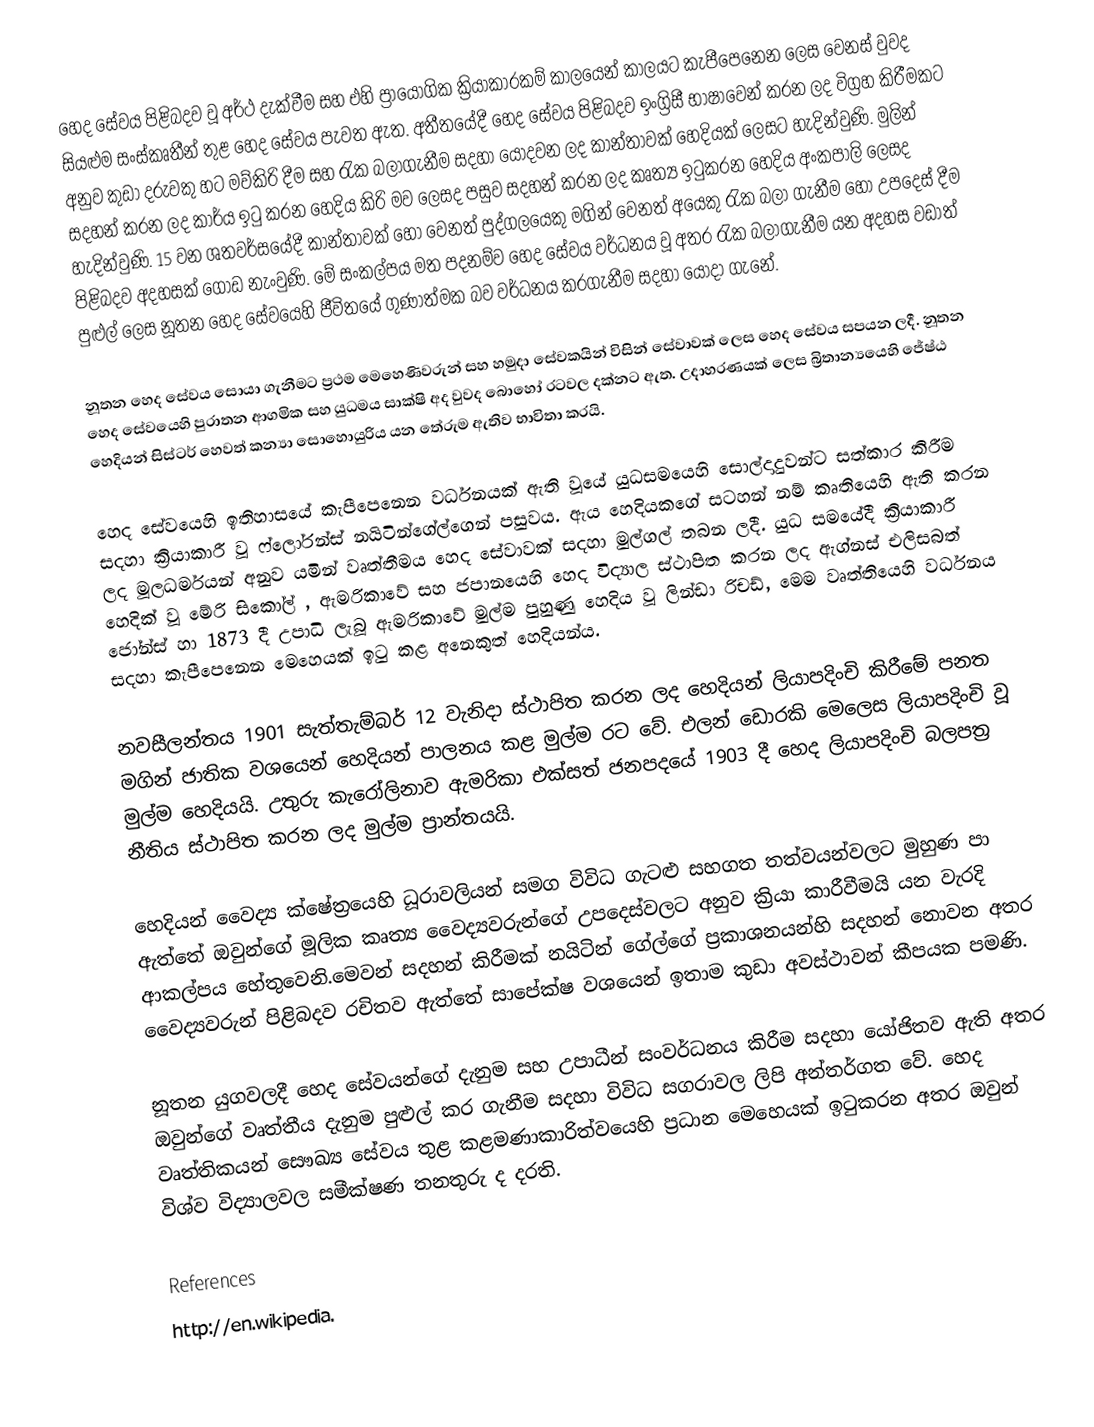
හෙද සේවය පිළිබදව වූ අර්ථ දැක්වීම සහ එහි ප්‍රායෝගික ක්‍රියාකාරකම් කාලයෙන් කාලයට කැපීපෙනෙන ලෙස වෙනස් වුවද සියළුම සංස්කෘතීන් තුළ හෙද සේවය පැවත ඇත. අතීතයේදී හෙද සේවය පිළිබදව ඉංග්‍රිසී භාෂාවෙන් කරන ලද විග්‍රහ කිරීමකට අනුව කුඩා දරුවකු හට මව්කිරි දීම සහ රැක බලාගැනීම සදහා යොදවන ලද කාන්තාවක් හෙදියක් ලෙසට හැදින්වුණි. මුලින් සදහන් කරන ලද කාර්ය ඉටු කරන හෙදිය කිරි මව ලෙසද පසුව සදහන් කරන ලද කෘත්‍ය ඉටුකරන හෙදිය අංකපාලි ලෙසද හැදින්වුණි. 15 වන ශතවර්සයේදී කාන්තාවක් හෝ වෙනත් පුද්ගලයෙකු මගින් වෙනත් අයෙකු රැක බලා ගැනීම හෝ උපදෙස් දීම පිළිබදව අදහසක් ගොඩ නැංවුණි. මේ සංකල්පය මත පදනම්ව හෙද සේවය වර්ධනය වූ අතර රැක බලාගැනීම යන අදහස වඩාත් පුළුල් ලෙස නූතන හෙද සේවයෙහි ජීවිතයේ ගුණාත්මක බව වර්ධනය කරගැනීම සදහා යොදා ගැනේ.

නූතන හෙද සේවය සොයා ගැනීමට ප්‍රථම මෙහෙණිවරුන් සහ හමුදා සේවකයින් විසින් සේවාවක් ලෙස හෙද සේවය සපයන ලදී. නූතන හෙද සේවයෙහි පුරාතන ආගමික සහ යුධමය සාක්ෂි අද වුවද බොහෝ රටවල දක්නට ඇත. උදාහරණයක් ලෙස බ්‍රිතාන්‍යයෙහි ජේෂ්ඨ හෙදියන් සිස්ටර් හෙවත් කන්‍යා සොහොයුරිය යන තේරුම ඇතිව භාවිතා කරයි.

හෙද සේවයෙහි ඉතිහාසයේ කැපීපෙනෙන වර්ධනයක් ඇති වූයේ යුධසමයෙහි සොල්දාදුවන්ට සත්කාර කිරීම සදහා ක්‍රියාකාරී වූ ‍ෆ්ලෝරන්ස් නයිටින්ගේල්ගෙන් පසුවය. ඇය හෙදියකගේ සටහන් නම් කෘතියෙහි ඇති කරන ලද මූලධර්මයන් අනුව යමින් වෘත්තීමය හෙද සේවාවක් සදහා මුල්ගල් තබන ලදී. යුධ සමයේදී ක්‍රියාකාරී හෙදික් වූ මේරි සිකෝල් , ඇමරිකාවේ සහ ජපානයෙහි හෙද විද්‍යාල ස්ථාපිත කරන ලද ඇග්නස්  එලිසබත්  ජෝන්ස් හා 1873 දී උපාධි ලැබූ ඇමරිකාවේ මුල්ම පුහුණු හෙදිය වූ  ලින්ඩා රිචඩ්, මෙම වෘත්තියෙහි වර්ධනය සදහා කැපීපෙනෙන මෙහෙයක් ඉටු කළ අනෙකුත් හෙදියන්ය.

නවසීලන්තය 1901 සැත්තැම්බර් 12 වැනිදා ස්ථාපිත කරන ලද හෙදියන් ලියාපදිංචි කිරීමේ පනත මගින් ජාතික වශයෙන් හෙදියන් පාලනය කළ මුල්ම රට වේ. එලන් ඩොරකි මෙලෙස ලියාපදිංචි වූ මුල්ම හෙදියයි. උතුරු කැරෝලිනාව ඇමරිකා එක්සත් ජනපදයේ 1903 දී හෙද ලියාපදිංචි බලපත්‍ර නීතිය ස්ථාපිත කරන ලද මුල්ම ප්‍රාන්තයයි.

හෙදියන් වෛද්‍ය ක්ෂේත්‍රයෙහි ධූරාවලියන් සමග විවිධ ගැටළු සහගත තත්වයන්වලට මුහුණ පා ඇත්තේ ඔවුන්ගේ මූලික කෘත්‍ය වෛද්‍යවරුන්ගේ උපදෙස්වලට අනුව ක්‍රියා කාරීවීමයි යන වැරදි ආකල්පය හේතුවෙනි.මෙවන් සදහන් කිරීමක් නයිටින් ගේල්ගේ ප්‍රකාශනයන්හි සදහන් නොවන අතර වෛද්‍යවරුන් පිළිබදව රචිතව ඇත්තේ සාපේක්ෂ වශයෙන් ඉතාම කුඩා අවස්ථාවන් කීපයක පමණි.

නූතන යුගවලදී හෙද සේවයන්ගේ දැනුම සහ උපාධීන් සංවර්ධනය කිරීම සදහා යෝජිතව ඇති අතර ඔවුන්ගේ වෘත්තීය දැනුම පුළුල් කර ගැනීම සදහා විවිධ සගරාවල ලිපි අන්තර්ගත වේ. හෙද වෘත්තිකයන් සෞඛ්‍ය සේවය තුළ කළමණාකාරිත්වයෙහි ප්‍රධාන මෙහෙයක් ඉටුකරන අතර ඔවුන් විශ්ව විද්‍යාලවල සමීක්ෂණ තනතුරු ද දරති.

References
http://en.wikipedia.